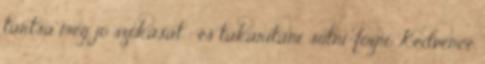
tartsa meg jó szokását : és takarítani, sütni-főzni. Kedvence